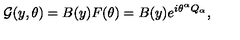
{ \cal G } ( y , \theta ) = B ( y ) F ( \theta ) = B ( y ) e ^ { i \theta ^ { \alpha } Q _ { \alpha } } ,